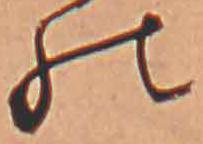
の